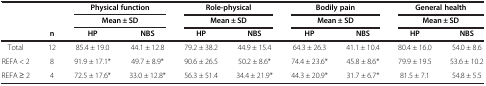
<table><thead><tr><td rowspan="2">[EMPTY_CELL]</td><td rowspan="2">[EMPTY_CELL]</td><td colspan="2"><b>Physical function</b></td><td colspan="2"><b>Role-physical</b></td><td colspan="2"><b>Bodily pain</b></td><td colspan="2"><b>General health</b></td></tr><tr><td colspan="2"><b>Mean ± SD</b></td><td colspan="2"><b>Mean ± SD</b></td><td colspan="2"><b>Mean ± SD</b></td><td colspan="2"><b>Mean ± SD</b></td></tr><tr><td>[EMPTY_CELL]</td><td><b>n</b></td><td><b>HP</b></td><td><b>NBS</b></td><td><b>HP</b></td><td><b>NBS</b></td><td><b>HP</b></td><td><b>NBS</b></td><td><b>HP</b></td><td><b>NBS</b></td></tr></thead><tbody><tr><td>Total</td><td>12</td><td>85.4 ± 19.0</td><td>44.1 ± 12.8</td><td>79.2 ± 38.2</td><td>44.9 ± 15.4</td><td>64.3 ± 26.3</td><td>41.1 ± 10.4</td><td>80.4 ± 16.0</td><td>54.0 ± 8.6</td></tr><tr><td>REFA &lt; 2</td><td>8</td><td>91.9 ± 17.1*</td><td>49.7 ± 8.9*</td><td>90.6 ± 26.5</td><td>50.2 ± 8.6*</td><td>74.4 ± 23.6*</td><td>45.8 ± 8.6*</td><td>79.9 ± 19.5</td><td>53.6 ± 10.2</td></tr><tr><td>REFA ≥ 2</td><td>4</td><td>72.5 ± 17.6*</td><td>33.0 ± 12.8*</td><td>56.3 ± 51.4</td><td>34.4 ± 21.9*</td><td>44.3 ± 20.9*</td><td>31.7 ± 6.7*</td><td>81.5 ± 7.1</td><td>54.8 ± 5.5</td></tr></tbody></table>